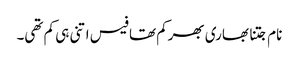
نام جتنا بھاری بھرکم تھا فیس اتنی ہی کم تھی۔